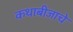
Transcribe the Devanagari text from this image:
कथाबीजाचे